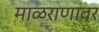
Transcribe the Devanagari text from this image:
माळराणावर